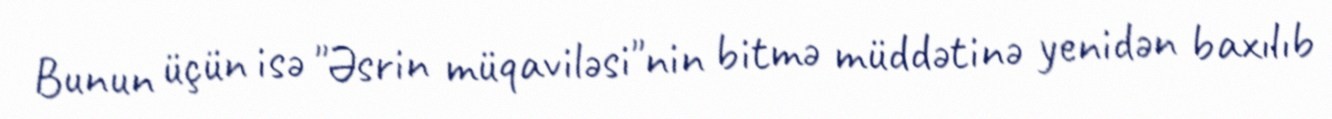
Bunun üçün isə "Əsrin müqaviləsi"nin bitmə müddətinə yenidən baxılıb